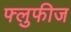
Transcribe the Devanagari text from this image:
फ्लुफीज